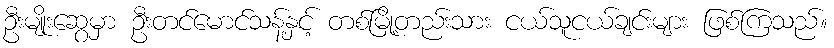
ဦးမျိုးဆွေမှာ ဦးတင်မောင်သန့်နှင့် တစ်မြို့တည်းသား ငယ်သူငယ်ချင်းများ ဖြစ်ကြသည်။